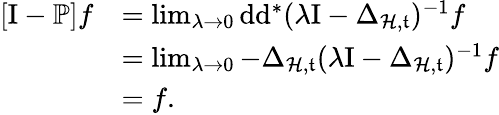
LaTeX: \begin{array}{rl}{[\mathrm{I}-\mathbb{P}]f}&{=\operatorname*{lim}_{\lambda\rightarrow 0}\mathrm{d}\mathrm{d}^{\ast}(\lambda\mathrm{I}-\Delta_{\mathcal{H},\mathfrak{t}})^{-1}f}\\ &{=\operatorname*{lim}_{\lambda\rightarrow 0}-\Delta_{\mathcal{H},\mathfrak{t}}(\lambda\mathrm{I}-\Delta_{\mathcal{H},\mathfrak{t}})^{-1}f}\\ &{=f\mathrm{.~}}\end{array}